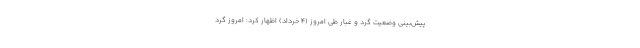
پیش‌بینی وضعیت گرد و غبار طی امروز (۴ خرداد) اظهار کرد: امروز گرد